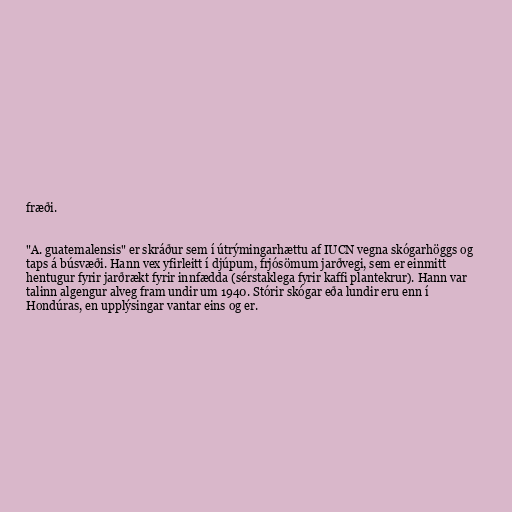
fræði.

"A. guatemalensis" er skráður sem í útrýmingarhættu af IUCN vegna skógarhöggs og
taps á búsvæði. Hann vex yfirleitt í djúpum, frjósömum jarðvegi, sem er einmitt
hentugur fyrir jarðrækt fyrir innfædda (sérstaklega fyrir kaffi plantekrur). Hann var
talinn algengur alveg fram undir um 1940. Stórir skógar eða lundir eru enn í
Hondúras, en upplýsingar vantar eins og er.